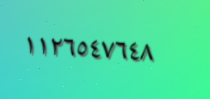
١١٢٦٥٤٧٦٤٨